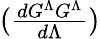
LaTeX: ({\textstyle{\frac{dG^{\Lambda}G^{\Lambda}}{d\Lambda}}})